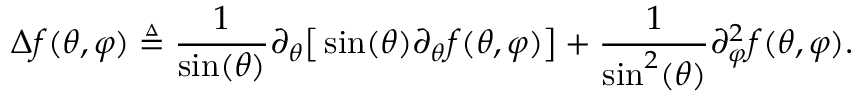
\Delta f ( \theta , \varphi ) \triangleq \frac { 1 } { \sin ( \theta ) } \partial _ { \theta } \big [ \sin ( \theta ) \partial _ { \theta } f ( \theta , \varphi ) \big ] + \frac { 1 } { \sin ^ { 2 } ( \theta ) } \partial _ { \varphi } ^ { 2 } f ( \theta , \varphi ) .